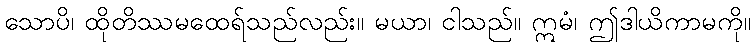
သောပိ၊ ထိုတိဿမထေရ်သည်လည်း။ မယာ၊ ငါသည်။ ဣမံ၊ ဤဒါယိကာမကို။